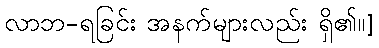
လာဘ-ရခြင်း အနက်များလည်း ရှိ၏။]